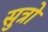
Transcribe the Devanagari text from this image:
सुत्रो